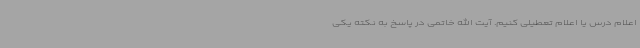
اعلام درس یا اعلام تعطیلی کنیم. آیت الله خاتمی در پاسخ به نکته یکی